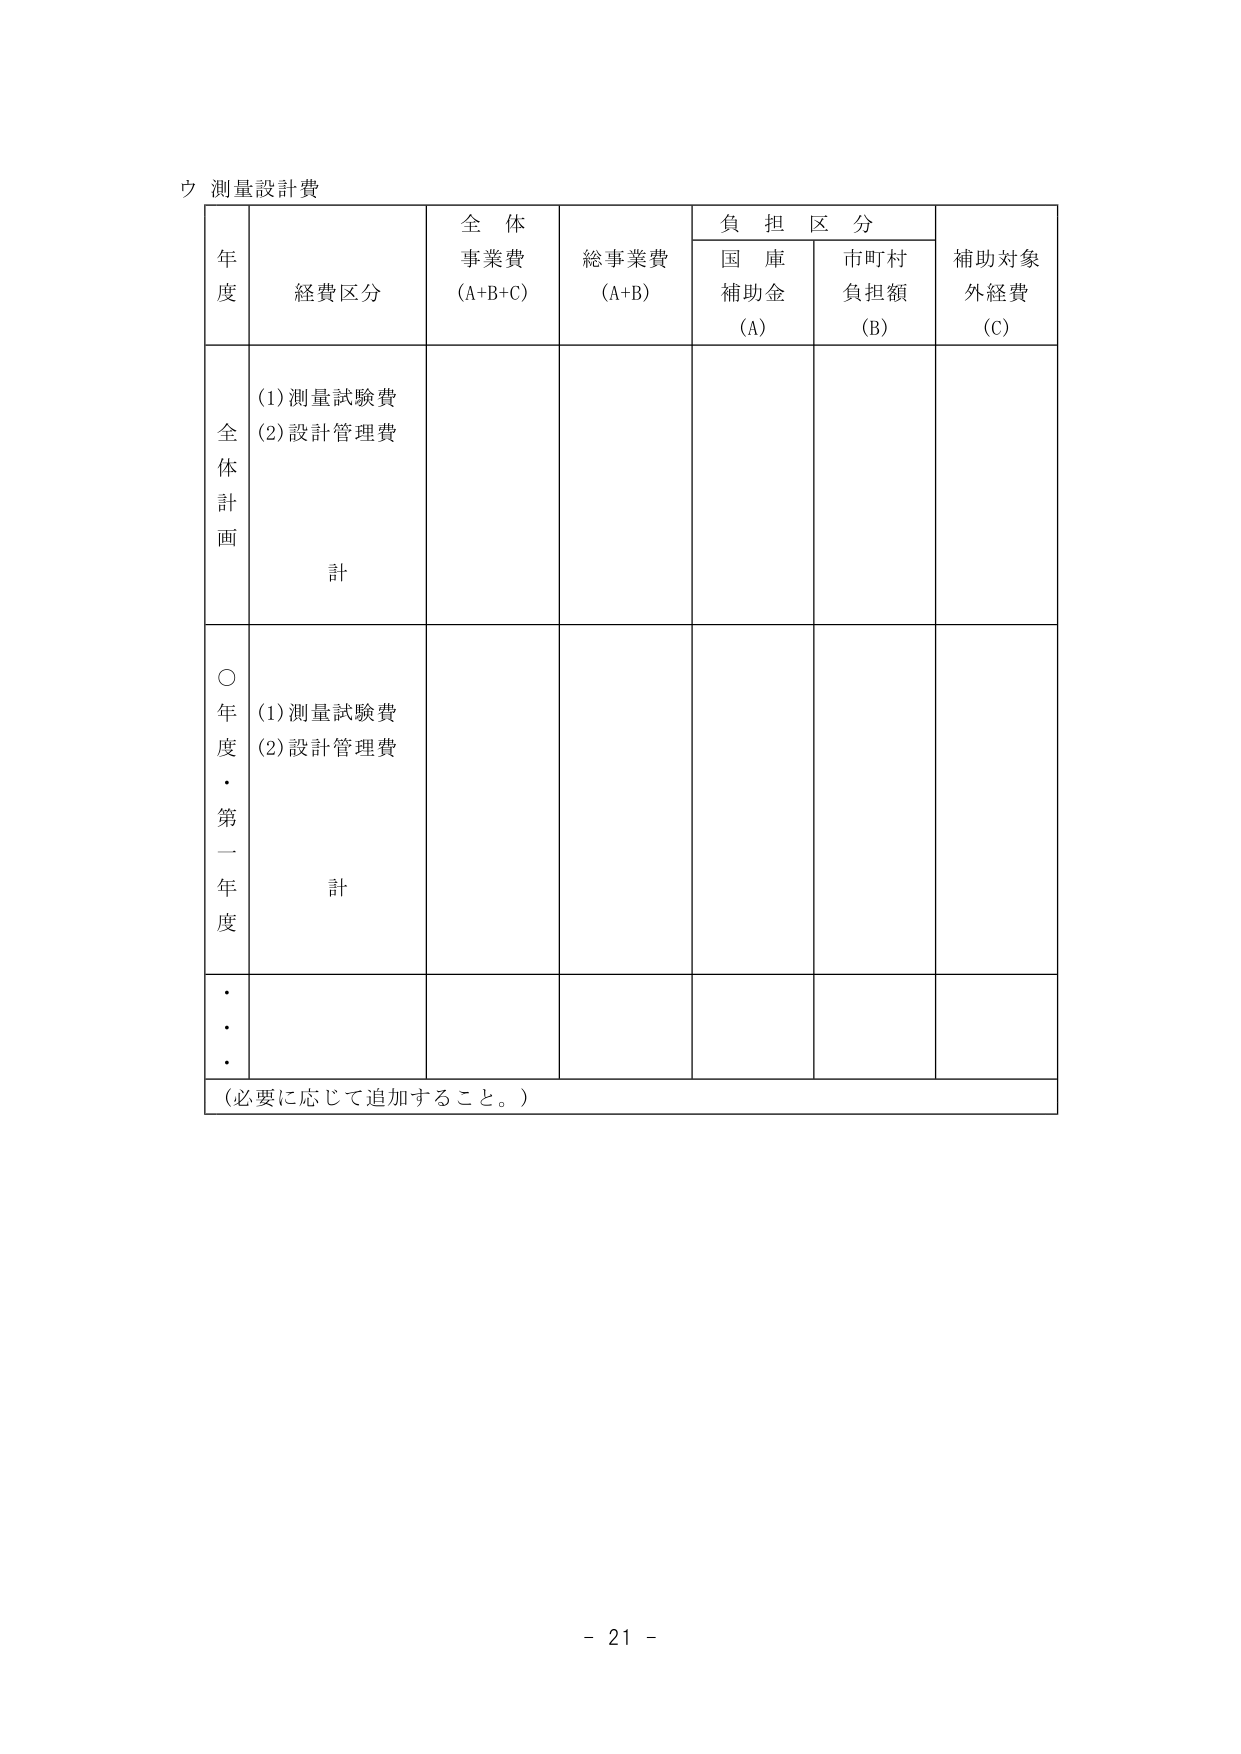
ウ 測量設計費

年度 経費区分 全体事業費 (A+B+C) 総事業費 (A+B) 負担区分 補助対象外経費 (C)
　　　　　　　　　　　　　　　　　　　国庫補助金 (A) 市町村負担額 (B)

全体計画
　(1) 測量試験費
　(2) 設計管理費
　　　計

○年度・第一年度
　(1) 測量試験費
　(2) 設計管理費
　　　計

・・・
（必要に応じて追加すること。）

- 21 -